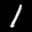
Label: 1